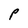
Character: P